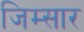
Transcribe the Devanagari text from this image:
जिम्सार